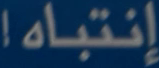
إنتباه